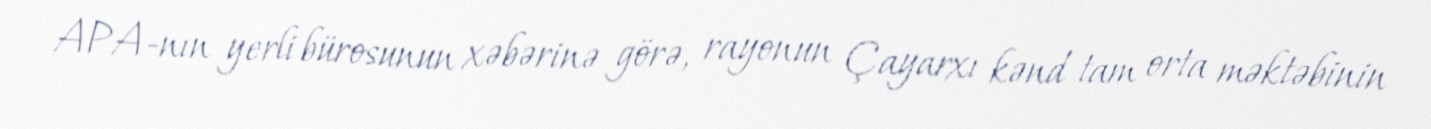
APA-nın yerli bürosunun xəbərinə görə, rayonun Çayarxı kənd tam orta məktəbinin